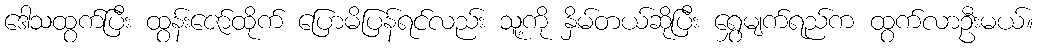
ဒေါသထွက်ပြီး ထွန်းဇော်ထိုက် ပြောမိပြန်ရင်လည်း သူ့ကို နှိမ်တယ်ဆိုပြီး ရွှေမျက်ရည်က ထွက်လာဦးမယ်။